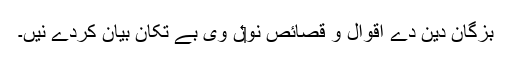
بزگان دین دے اقوال و قصائص نو‏‏ں وی بے تکان بیان کردے نيں۔